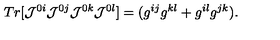
T r [ { \cal { J } } ^ { 0 i } { \cal { J } } ^ { 0 j } { \cal { J } } ^ { 0 k } { \cal { J } } ^ { 0 l } ] = ( g ^ { i j } g ^ { k l } + g ^ { i l } g ^ { j k } ) .